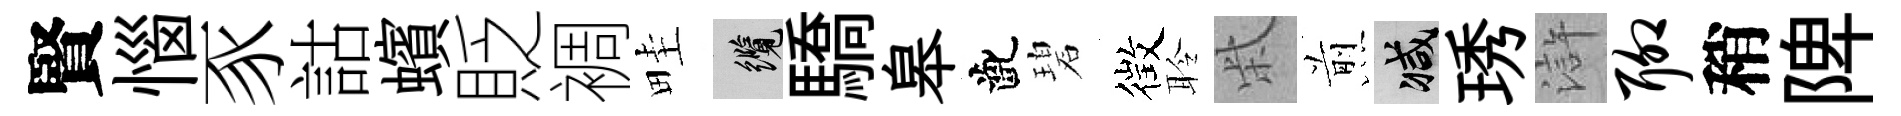
賢惱豕詁蠙貶裯畦纜驕皋齔碧徴聆柴煎减琇滸聊稍陴